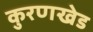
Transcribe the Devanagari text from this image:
कुरणखेड